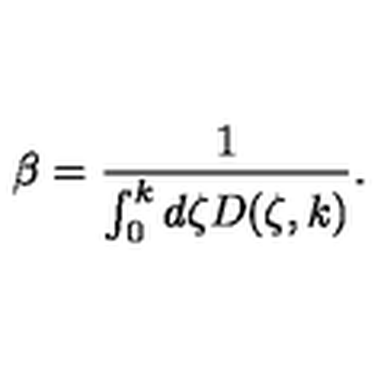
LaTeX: \beta = { \frac { 1 } { \int _ { 0 } ^ { k } d \zeta D ( \zeta , k ) } } .